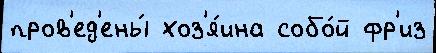
пров'ед'ены́ хоз'я́ина собо́й фр'из